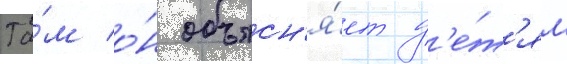
Та́м о́н объясн'я́ет д'е́т'ям